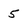
Character: 5